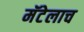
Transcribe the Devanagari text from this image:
मॅटेलाच